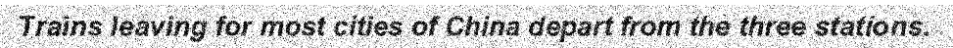
Trains leaving for most cities of China depart from the three stations.